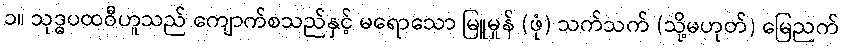
၁။ သုဒ္ဓပထဝီဟူသည် ကျောက်စသည်နှင့် မရောသော မြူမှုန် (ဖုံ) သက်သက် (သို့မဟုတ်) မြေညက်